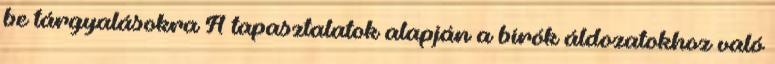
be tárgyalásokra A tapasztalatok alapján a bírók áldozatokhoz való